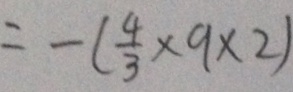
= - ( \frac { 4 } { 3 } \times 9 \times 2 )